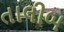
તાલીબ